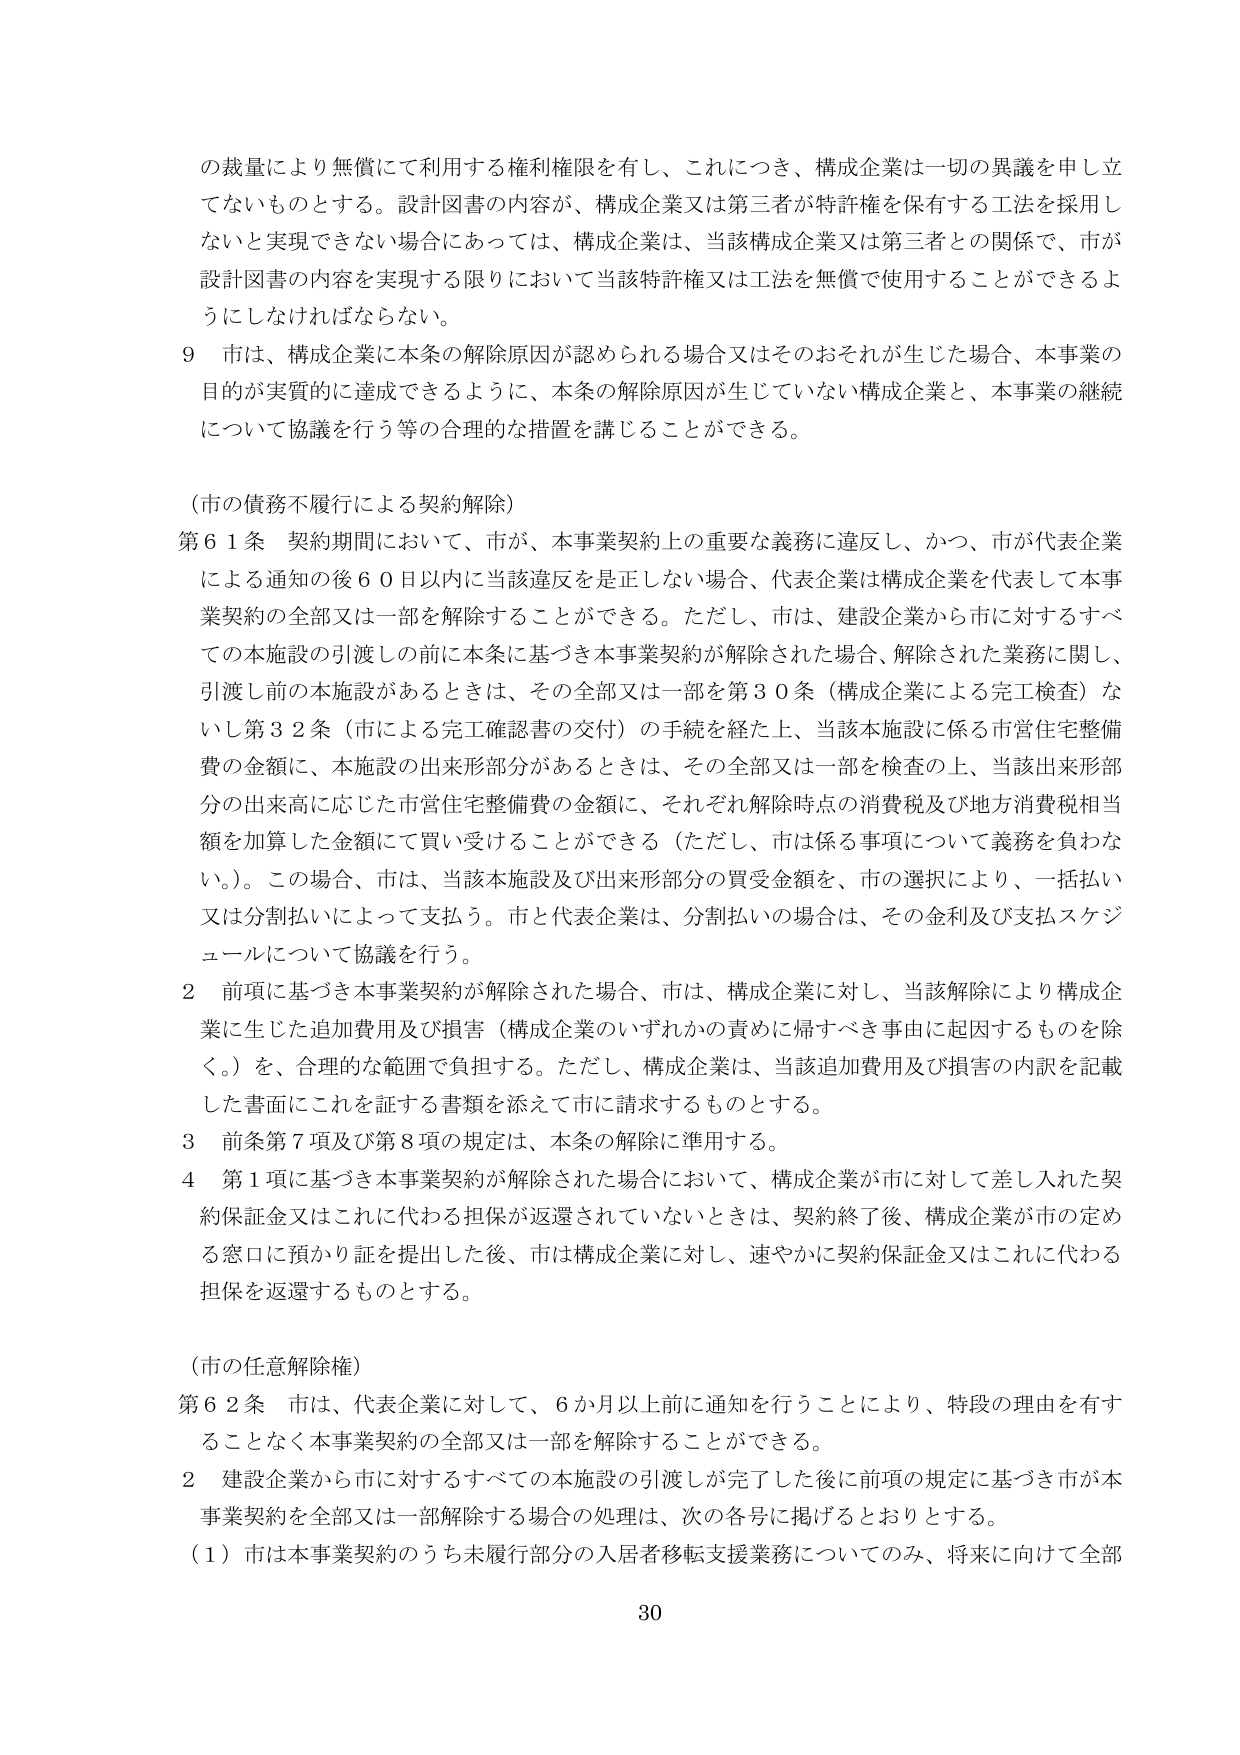
の裁量により無償にて利用する権利権限を有し、これにつき、構成企業は一切の異議を申し立てないものとする。設計図書の内容が、構成企業又は第三者が特許権を保有する工法を採用しないと実現できない場合にあっては、構成企業は、当該構成企業又は第三者との関係で、市が設計図書の内容を実現する限りにおいて当該特許権又は工法を無償で使用することができるようにしなければならない。

９ 市は、構成企業に本条の解除原因が認められる場合又はそのおそれが生じた場合、本事業の目的が実質的に達成できるように、本条の解除原因が生じていない構成企業と、本事業の継続について協議を行う等の合理的な措置を講じることができる。

（市の債務不履行による契約解除）

第６１条 契約期間において、市が、本事業契約上の重要な義務に違反し、かつ、市が代表企業による通知の後６０日以内に当該違反を是正しない場合、代表企業は構成企業を代表して本事業契約の全部又は一部を解除することができる。ただし、市は、建設企業から市に対するすべての本施設の引渡しの前に本条に基づき本事業契約が解除された場合、解除された業務に関し、引渡し前の本施設があるときは、その全部又は一部を第３０条（構成企業による完工検査）ないし第３２条（市による完工確認書の交付）の手続を経た上、当該本施設に係る市営住宅整備費の金額に、本施設の出来形部分があるときは、その全部又は一部を検査の上、当該出来形部分の出来高に応じた市営住宅整備費の金額に、それぞれ解除時点の消費税及び地方消費税相当額を加算した金額にて買い受けることができる（ただし、市は係る事項について義務を負わない。）。この場合、市は、当該本施設及び出来形部分の買受金額を、市の選択により、一括払い又は分割払いによって支払う。市と代表企業は、分割払いの場合は、その金利及び支払スケジュールについて協議を行う。

２ 前項に基づき本事業契約が解除された場合、市は、構成企業に対し、当該解除により構成企業に生じた追加費用及び損害（構成企業のいずれかの責めに帰すべき事由に起因するものを除く。）を、合理的な範囲で負担する。ただし、構成企業は、当該追加費用及び損害の内訳を記載した書面にこれを証する書類を添えて市に請求するものとする。

３ 前条第７項及び第８項の規定は、本条の解除に準用する。

４ 第１項に基づき本事業契約が解除された場合において、構成企業が市に対して差し入れた契約保証金又はこれに代わる担保が返還されていないときは、契約終了後、構成企業が市の定める窓口に預かり証を提出した後、市は構成企業に対し、速やかに契約保証金又はこれに代わる担保を返還するものとする。

（市の任意解除権）

第６２条 市は、代表企業に対して、６か月以上前に通知を行うことにより、特段の理由を有することなく本事業契約の全部又は一部を解除することができる。

２ 建設企業から市に対するすべての本施設の引渡しが完了した後に前項の規定に基づき市が本事業契約を全部又は一部解除する場合の処理は、次の各号に掲げるとおりとする。

（１）市は本事業契約のうち未履行部分の入居者移転支援業務についてのみ、将来に向けて全部

30